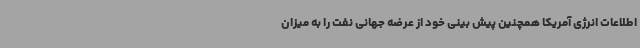
اطلاعات انرژی آمریکا همچنین پیش بینی خود از عرضه جهانی نفت را به میزان